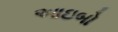
આઇબો